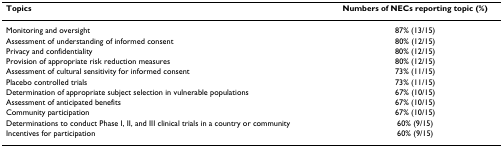
<table><thead><tr><td><b>Topics</b></td><td><b>Numbers of NECs reporting topic (%)</b></td></tr></thead><tbody><tr><td>Monitoring and oversight</td><td>87% (13/15)</td></tr><tr><td>Assessment of understanding of informed consent</td><td>80% (12/15)</td></tr><tr><td>Privacy and confidentiality</td><td>80% (12/15)</td></tr><tr><td>Provision of appropriate risk reduction measures</td><td>80% (12/15)</td></tr><tr><td>Assessment of cultural sensitivity for informed consent</td><td>73% (11/15)</td></tr><tr><td>Placebo controlled trials</td><td>73% (11/15)</td></tr><tr><td>Determination of appropriate subject selection in vulnerable populations</td><td>67% (10/15)</td></tr><tr><td>Assessment of anticipated benefits</td><td>67% (10/15)</td></tr><tr><td>Community participation</td><td>67% (10/15)</td></tr><tr><td>Determinations to conduct Phase I, II, and III clinical trials in a country or community</td><td>60% (9/15)</td></tr><tr><td>Incentives for participation</td><td>60% (9/15)</td></tr></tbody></table>